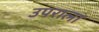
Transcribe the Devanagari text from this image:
उपराला